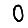
Digit: 0